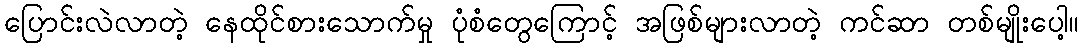
ပြောင်းလဲလာတဲ့ နေထိုင်စားသောက်မှု ပုံစံတွေကြောင့် အဖြစ်များလာတဲ့ ကင်ဆာ တစ်မျိုးပေါ့။